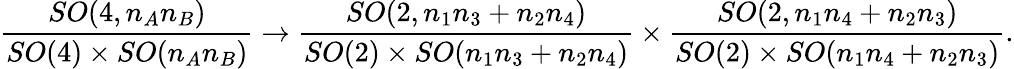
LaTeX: \frac{SO(4,n_{A}n_{B})}{SO(4)\times SO(n_{A}n_{B})}\to\frac{SO(2,n_{1}n_{3}+n_{2}n_{4})}{SO(2)\times SO(n_{1}n_{3}+n_{2}n_{4})}\times\frac{SO(2,n_{1}n_{4}+n_{2}n_{3})}{SO(2)\times SO(n_{1}n_{4}+n_{2}n_{3})}.